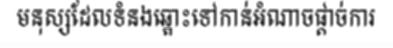
មនុស្សដែលទំនងឆ្ពោះទៅកាន់អំណាចផ្តាច់ការ